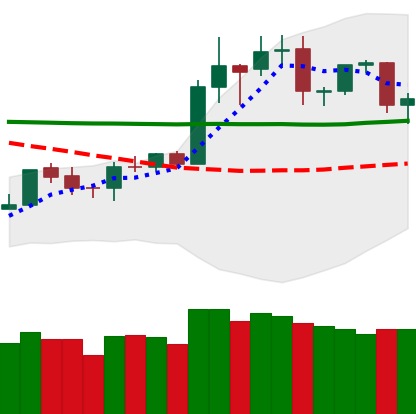
Ticker: TRX-USD
Chart end date: 2020-01-24
Forward return: 13.844%
Label: up_7plus